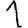
Digit: 1